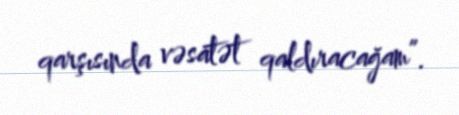
qarşısında vəsatət qaldıracağam”.